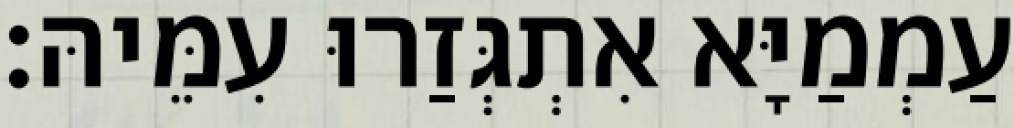
עַמְמַיָּא אִתְגְּזַרוּ עִמֵּיהּ׃